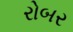
રોબર